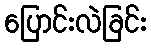
ပြောင်းလဲခြင်း